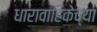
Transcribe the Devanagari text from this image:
धारावाहिकेच्या